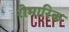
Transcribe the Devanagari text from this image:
रोमारिक